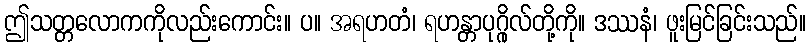
ဤသတ္တလောကကိုလည်းကောင်း။ ပ။ အရဟတံ၊ ရဟန္တာပုဂ္ဂိုလ်တို့ကို။ ဒဿနံ၊ ဖူးမြင်ခြင်းသည်။